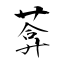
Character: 葊